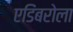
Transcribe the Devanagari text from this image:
एडिंबरोला